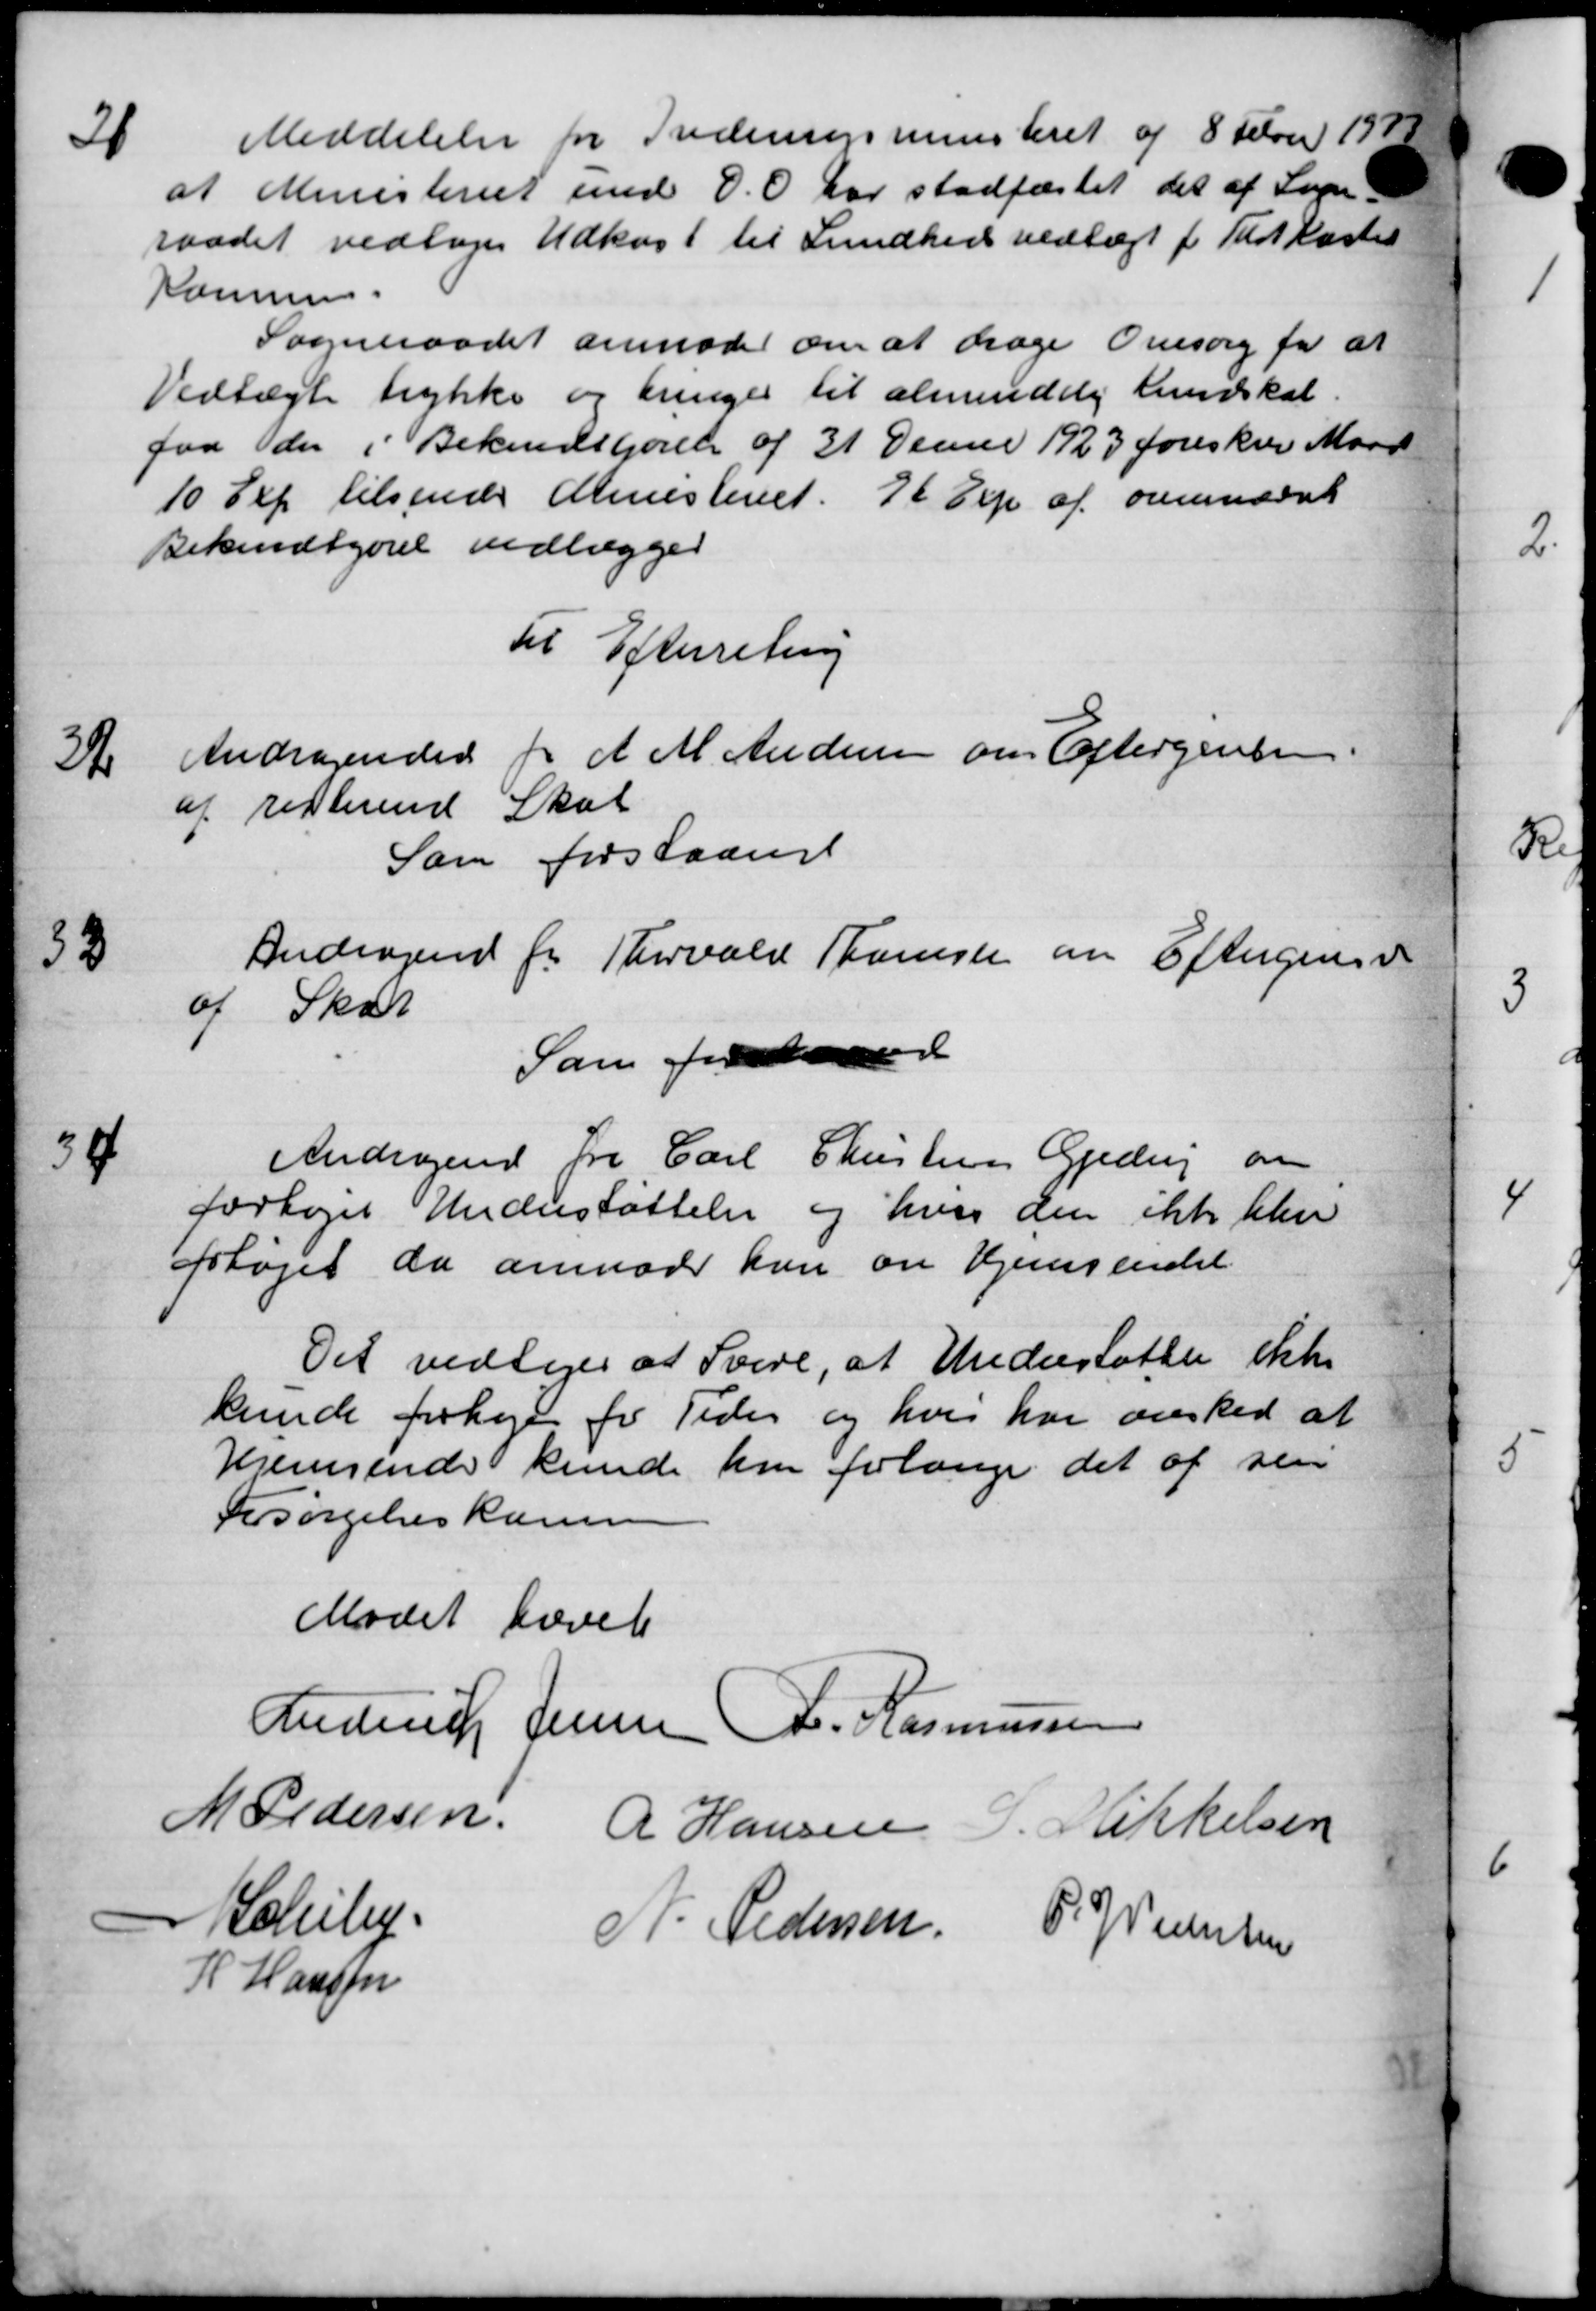
Transskription:
31
Meddelelse for Fredenrigsministeriet af 8 Febr 1943
at Ministeriet med D.O. har stadfæstet det af Sogn
raadet vedtoges Udkast til Sundhed vedtægt for Tid kasten
Kommune.
Sogneraadet anmoder om at drage Omsorg for at
Vedtægte trykke og bringes til almindelig Undskat.
faa der i Bekendtgørelse af 31 Januar 1923 foreskrev Maan
10 Sep tilsende Ministeriet. 76 Exp af ovennævnt
Bekendtgørel vedlægger
Til Efterretning

Andragendet for A M Andersen om Eftergivelse
af resterende Skat
Som forstaaende

Andragende for Thorvald Thomsen om Eftergives ve
af Skat
Som fore

Andragende fra Carl Christensen Gjedvej om
forhøjet Understøttelse og hvor den ikke ble
forhøjet da anmoder kan en Hjemsendet
Det vedtoges at Svere, at Understøtter ikke
kunde forhøje for Tider og hvis har ønsked at
Hjemsende kunde har forlange det af sin
Forsørgelseskassen
Mødet hævet
Anedring Jensen A. Rasmussen
M Pedersen R Hansen P. Mikkelsen
Schel N. Pedersen P. J. Pedersen
H Hansen